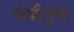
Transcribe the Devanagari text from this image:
कंघीनुमा